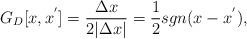
LaTeX: \begin{align*}G_D[x,x^{'}] = \frac{\Delta x}{2 \vert \Delta x\vert} = \frac{1}{2}sgn ( x - x^{'}), \end{align*}